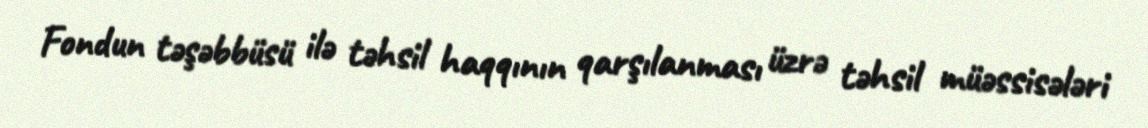
Fondun təşəbbüsü ilə təhsil haqqının qarşılanması üzrə təhsil müəssisələri